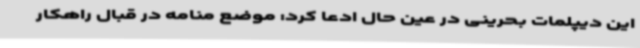
این دیپلمات بحرینی در عین حال ادعا کرد: موضع منامه در قبال راهکار